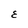
Character: E